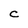
Character: C